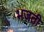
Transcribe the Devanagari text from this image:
भजती